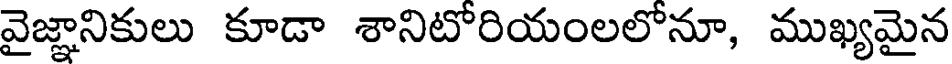
వైజ్ఞానికులు కూడా శానిటోరియంలలోనూ, ముఖ్యమైన